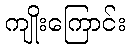
ကျိုးကြောင်း